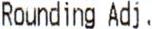
ROUNDING ADJ ,